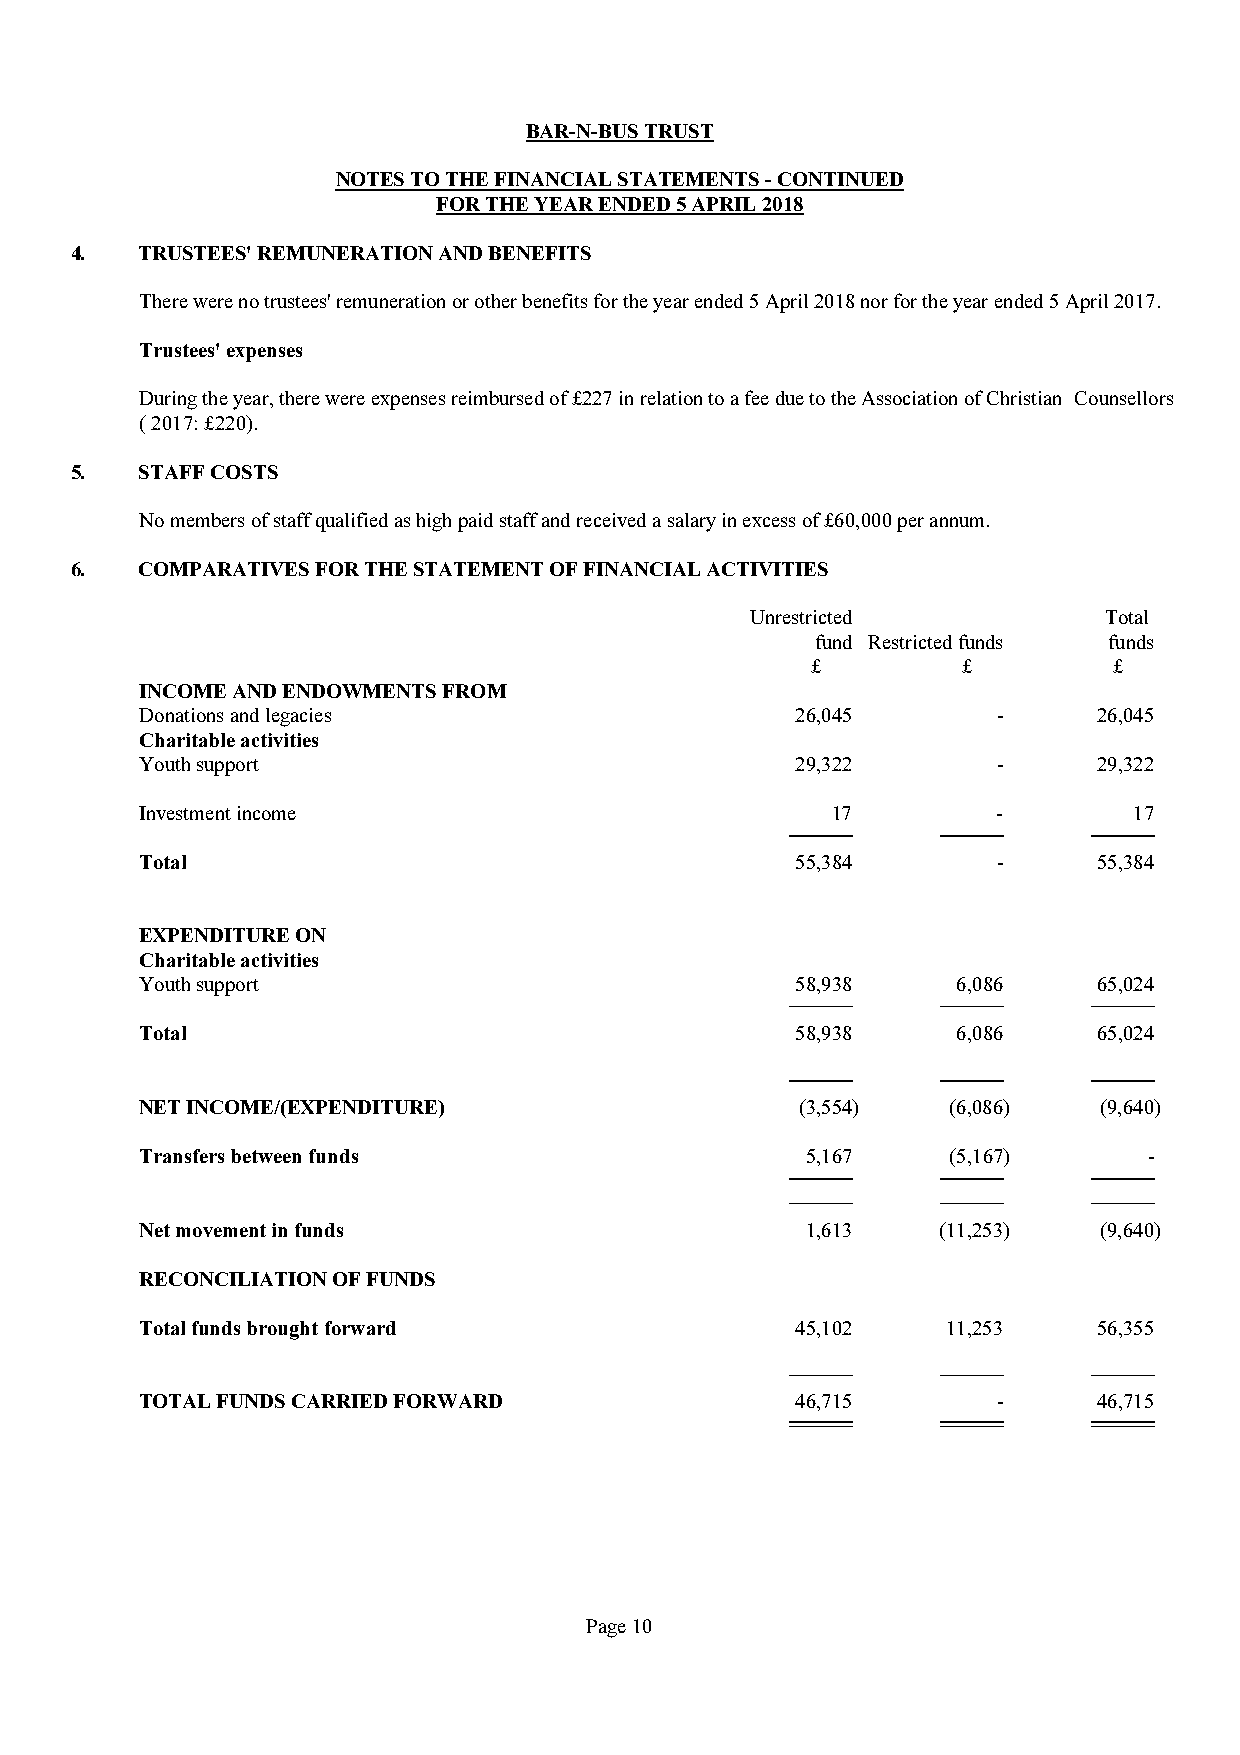
BAR-N-BUS TRUST
 NOTES TO THE FINANCIAL STATEMENTS - CONTINUED
 FOR THE YEAR ENDED 5 APRIL 2018
 4.  TRUSTEES' REMUNERATION AND BENEFITS
 There were no trustees' remuneration or other benefits for the year ended 5 April 2018 nor for the year ended 5 April 2017.
 Trustees' expenses
 Duringtheyear,therewereexpensesreimbursedof£227inrelationtoafeeduetotheAssociationofChristian Counsellors
 ( 2017: £220).
 5.  STAFF COSTS
 No members of staff qualified as high paid staff and received a salary in excess of £60,000 per annum.
 6.  COMPARATIVES FOR THE STATEMENT OF FINANCIAL ACTIVITIES
 Unrestricted           Total
 fund Restricted funds funds
 £         £         £
 INCOME AND ENDOWMENTS FROM
 Donations and legacies                      26,045       -      26,045
 Charitable activities
 Youth support                               29,322       -      29,322
 Investment income                             17         -        17
 Total                                       55,384       -      55,384
 EXPENDITURE ON
 Charitable activities
 Youth support                               58,938    6,086     65,024
 Total                                       58,938    6,086     65,024
 NET INCOME/(EXPENDITURE)                    (3,554)   (6,086)   (9,640)
 Transfers between funds                     5,167     (5,167)      -
 Net movement in funds                       1,613    (11,253)   (9,640)
 RECONCILIATION OF FUNDS
 Total funds brought forward                 45,102    11,253    56,355
 TOTAL FUNDS CARRIED FORWARD                 46,715       -      46,715
 Page 10